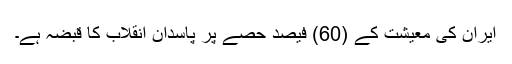
ایران کى معیشت کے (60) فیصد حصے پر پاسدان انقلاب کا قبضہ ہے۔